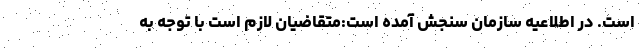
است. در اطلاعیه سازمان سنجش آمده است:متقاضیان لازم است با توجه به